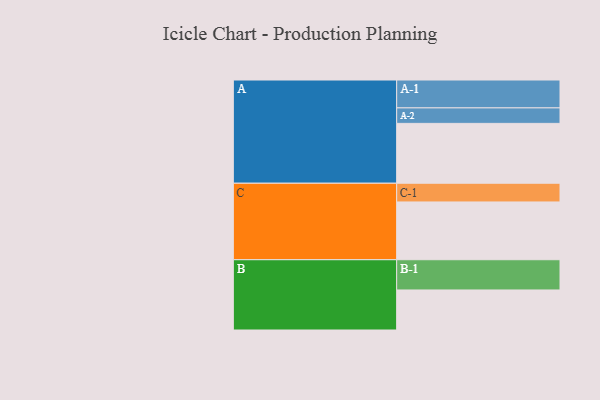
{"axis": {"x": "Segment", "y": "Value"}, "legend": ["", "A", "B", "C"], "data": [{"x": "A", "y": 483, "type": ""}, {"x": "B", "y": 323, "type": ""}, {"x": "C", "y": 466, "type": ""}, {"x": "A-1", "y": 225, "type": "A"}, {"x": "A-2", "y": 125, "type": "A"}, {"x": "B-1", "y": 244, "type": "B"}, {"x": "C-1", "y": 151, "type": "C"}]}